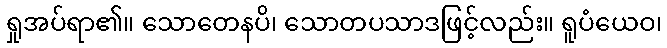
ရှုအပ်ရာ၏။ သောတေနပိ၊ သောတပသာဒဖြင့်လည်း။ ရူပံယေဝ၊